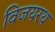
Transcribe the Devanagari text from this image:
विजयरथ